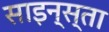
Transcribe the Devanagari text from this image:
साइन्स्ता